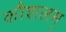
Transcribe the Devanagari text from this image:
कौशलम्